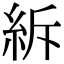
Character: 𥿊